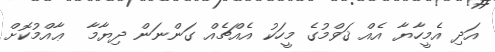
އަދި އެމީހާޔާ އެއް ޤަވްމުގެ މީހަކު އެއްޗެއް ގަންނަން ދިޔާމާ  ޢާއްމުކޮށް